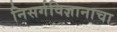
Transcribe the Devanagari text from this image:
निसर्गविज्ञानाचा